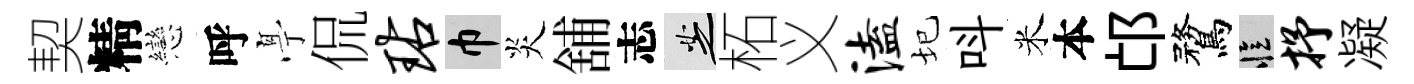
契精戀呼𠅘侃玷巾炎舖志芝柘义溘圮呌米本邙鶩忆抒凝